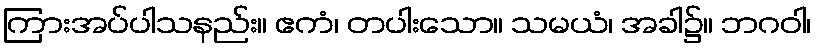
ကြားအပ်ပါသနည်း။ ဧကံ၊ တပါးသော။ သမယံ၊ အခါ၌။ ဘဂဝါ၊